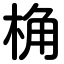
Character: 桷